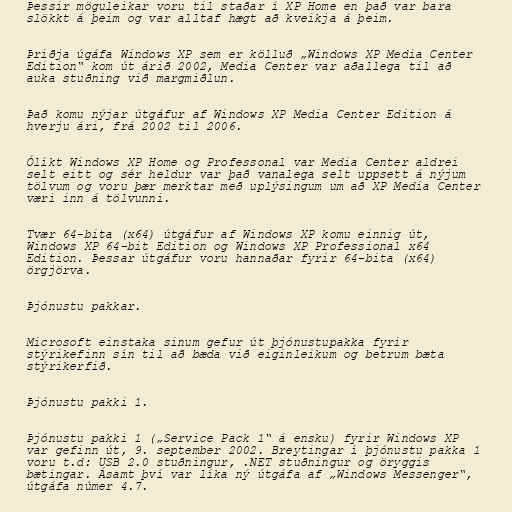
Þessir möguleikar voru til staðar í XP Home en það var bara
slökkt á þeim og var alltaf hægt að kveikja á þeim.

Þriðja úgáfa Windows XP sem er kölluð „Windows XP Media Center
Edition“ kom út árið 2002, Media Center var aðallega til að
auka stuðning við margmiðlun.

Það komu nýjar útgáfur af Windows XP Media Center Edition á
hverju ári, frá 2002 til 2006.

Ólíkt Windows XP Home og Professonal var Media Center aldrei
selt eitt og sér heldur var það vanalega selt uppsett á nýjum
tölvum og voru þær merktar með uplýsingum um að XP Media Center
væri inn á tölvunni.

Tvær 64-bita (x64) útgáfur af Windows XP komu einnig út,
Windows XP 64-bit Edition og Windows XP Professional x64
Edition. Þessar útgáfur voru hannaðar fyrir 64-bita (x64)
örgjörva.

Þjónustu pakkar.

Microsoft einstaka sinum gefur út þjónustupakka fyrir
stýrikefinn sín til að bæda við eiginleikum og betrum bæta
stýrikerfið.

Þjónustu pakki 1.

Þjónustu pakki 1 („Service Pack 1“ á ensku) fyrir Windows XP
var gefinn út, 9. september 2002. Breytingar í þjónustu pakka 1
voru t.d: USB 2.0 stuðningur, .NET stuðningur og öryggis
bætingar. Ásamt því var líka ný útgáfa af „Windows Messenger“,
útgáfa númer 4.7.